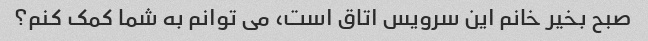
صبح بخیر خانم این سرویس اتاق است، می توانم به شما کمک کنم؟